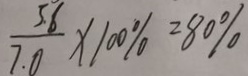
\frac { 5 . 6 } { 7 . 0 } \times 1 0 0 \% = 8 0 \%